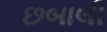
છબાલી